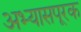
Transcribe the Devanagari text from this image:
अभ्यासपूरक